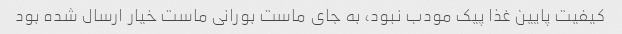
کیفیت پایین غذا پیک مودب نبود، به جای ماست بورانی ماست خیار ارسال شده بود